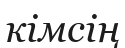
кімсің